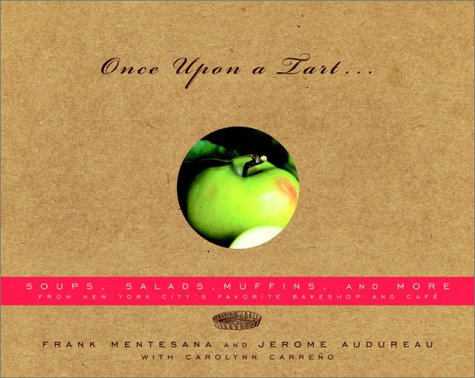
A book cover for Once Upon a Tart...: Soups, Salads, Muffins, and More; Frank Mentesana; Cookbooks, Food & Wine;